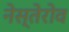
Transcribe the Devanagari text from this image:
नेस्तेरोव